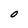
Character: O